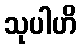
သုပါဟိ